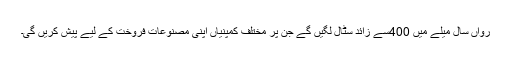
رواں سال میلے میں 400سے زائد سٹال لگیں گے جن پر مختلف کمپنیاں اپنی مصنوعات فروخت کے لیے پیش کریں گی۔